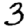
Digit: 3